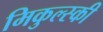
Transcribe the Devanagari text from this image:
मिकुल्स्की